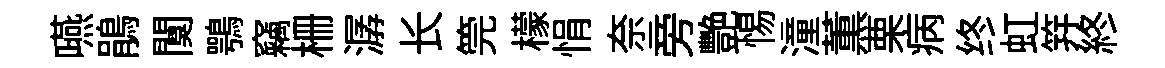
嚥鵑闃鶚竊栅潺长筦檬悁奈旁艷惕潼薫栗病终虹笄終